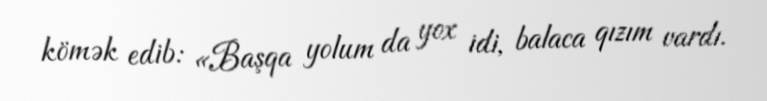
kömək edib: «Başqa yolum da yox idi, balaca qızım vardı.